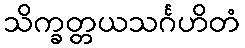
သိက္ခတ္တယသင်္ဂဟိတံ